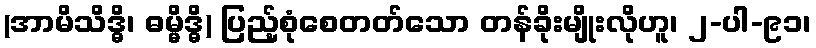
(အာမိသိဒ္ဓိ၊ ဓမ္မိဒ္ဓိ) ပြည့်စုံစေတတ်သော တန်ခိုးမျိုးလိုဟူ၊ ၂-ပါ-၉၁၊